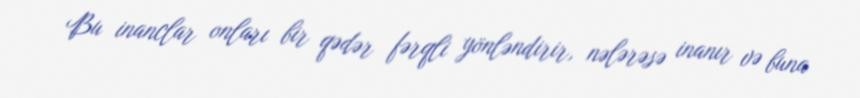
Bu inanclar onları bir qədər fərqli yönləndirir, nələrəsə inanır və buna